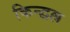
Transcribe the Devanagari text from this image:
किन्द्वल्ल